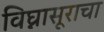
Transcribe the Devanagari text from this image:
विघ्नासूराचा